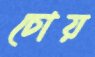
চোয়